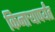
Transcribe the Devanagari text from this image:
किनार्‍यापर्यंत